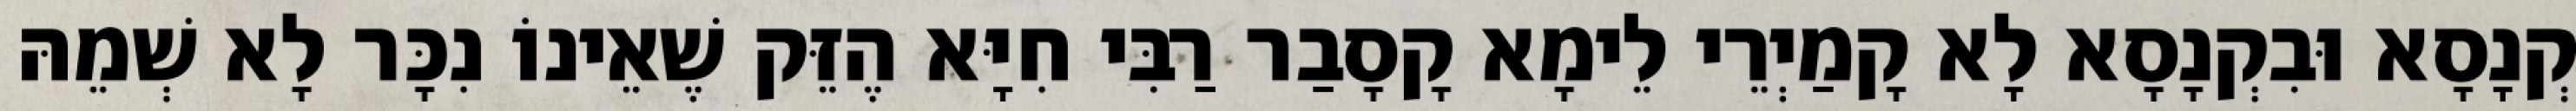
קְנָסָא וּבִקְנָסָא לָא קָמַיְרֵי לֵימָא קָסָבַר רַבִּי חִיָּא הֶזֵּק שֶׁאֵינוֹ נִכָּר לָא שְׁמֵהּ